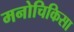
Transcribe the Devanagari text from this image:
मनोचिकिसा